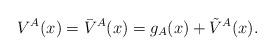
LaTeX: \begin{align*}V^{A}(x) &= \bar{V}^{A}(x) = g_{A}(x) + \tilde V^A(x). \end{align*}